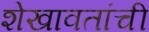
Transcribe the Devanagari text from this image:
शेखावतांची